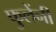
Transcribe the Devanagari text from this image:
फुलेंनी